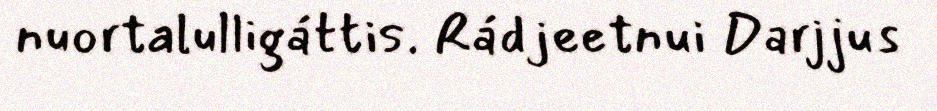
nuortalulligáttis. Rádjeetnui Darjjus